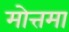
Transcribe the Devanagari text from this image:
मोत्तमा